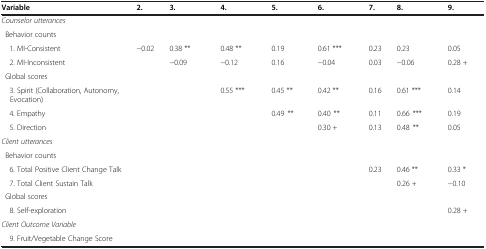
| Variable | 2. | 3. |  | 4. |  | 5. |  | 6. |  | 7. | 8. |  | 9. |  |
 | --- | --- | --- | --- | --- | --- | --- | --- | --- | --- | --- | --- | --- | --- | --- |
 | Counselor utterances |  |  |  |  |  |  |  |  |  |  |  |  |  |  |
 | Behavior counts |  |  |  |  |  |  |  |  |  |  |  |  |  |  |
 | 1. MI-Consistent | −0.02 | 0.38 | ** | 0.48 | ** | 0.19 |  | 0.61 | *** | 0.23 | 0.23 |  | 0.05 |  |
 | 2. MI-Inconsistent |  | −0.09 |  | −0.12 |  | 0.16 |  | −0.04 |  | 0.03 | −0.06 |  | 0.28 | + |
 | Global scores |  |  |  |  |  |  |  |  |  |  |  |  |  |  |
 | 3. Spirit (Collaboration, Autonomy, Evocation) |  |  |  | 0.55 | *** | 0.45 | ** | 0.42 | ** | 0.16 | 0.61 | *** | 0.14 |  |
 | 4. Empathy |  |  |  |  |  | 0.49 | ** | 0.40 | ** | 0.11 | 0.66 | *** | 0.19 |  |
 | 5. Direction |  |  |  |  |  |  |  | 0.30 | + | 0.13 | 0.48 | ** | 0.05 |  |
 | Client utterances |  |  |  |  |  |  |  |  |  |  |  |  |  |  |
 | Behavior counts |  |  |  |  |  |  |  |  |  |  |  |  |  |  |
 | 6. Total Positive Client Change Talk |  |  |  |  |  |  |  |  |  | 0.23 | 0.46 | ** | 0.33 | * |
 | 7. Total Client Sustain Talk |  |  |  |  |  |  |  |  |  |  | 0.26 | + | −0.10 |  |
 | Global scores |  |  |  |  |  |  |  |  |  |  |  |  |  |  |
 | 8. Self-exploration |  |  |  |  |  |  |  |  |  |  |  |  | 0.28 | + |
 | Client Outcome Variable |  |  |  |  |  |  |  |  |  |  |  |  |  |  |
 | 9. Fruit/Vegetable Change Score |  |  |  |  |  |  |  |  |  |  |  |  |  |  |